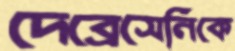
দেব্রেসেনিকে